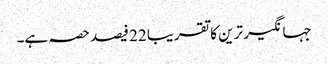
جہانگیر ترین کا تقریبا 22 فیصد حصہ ہے۔